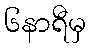
၆နာရီမှ